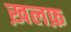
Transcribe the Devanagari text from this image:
ख़लफ़